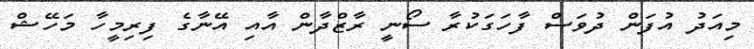
މިއަދު އުފަން ދުވަސް ފާހަގަކުރާ ސޯނީ ރާޒްދާން އާއި އޭނާގެ ފިރިމީހާ މަހޭޝް